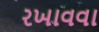
રખાવવા